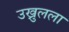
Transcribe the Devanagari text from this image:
उख्रुलला